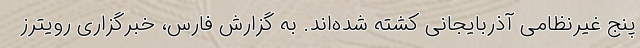
پنج غیرنظامی آذربایجانی کشته شده‌اند. به گزارش فارس، خبرگزاری رویترز